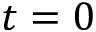
t = 0